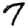
Digit: 7